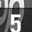
Digit: 5